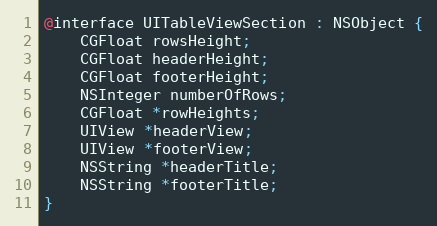
Language: C
@interface UITableViewSection : NSObject {
    CGFloat rowsHeight;
    CGFloat headerHeight;
    CGFloat footerHeight;
    NSInteger numberOfRows;
    CGFloat *rowHeights;
    UIView *headerView;
    UIView *footerView;
    NSString *headerTitle;
    NSString *footerTitle;
}